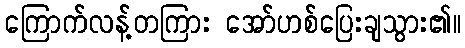
ကြောက်လန့်တကြား အော်ဟစ်ပြေးချသွား၏။